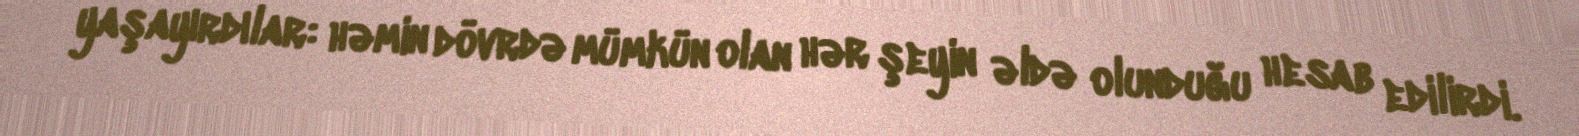
yaşayırdılar: həmin dövrdə mümkün olan hər şeyin əldə olunduğu hesab edilirdi.